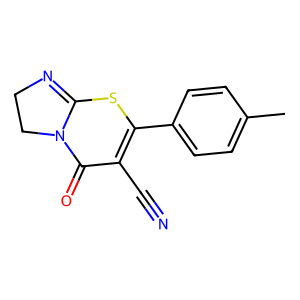
SMILES: Cc1ccc(C2=C(C#N)C(=O)N3CCN=C3S2)cc1
Inhibits HIV replication: No